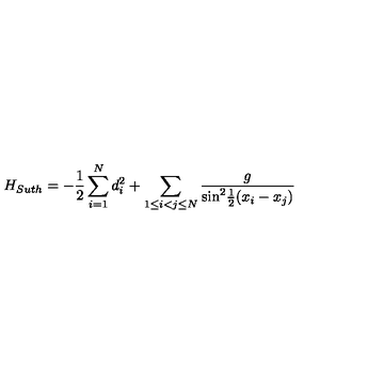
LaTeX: H _ { S u t h } = - \frac { 1 } { 2 } \sum _ { i = 1 } ^ { N } d _ { i } ^ { 2 } + \sum _ { 1 \leq i < j \leq N } \frac { g } { { \sin } ^ { 2 } \mathrm { \frac { 1 } { 2 } } ( x _ { i } - x _ { j } ) }